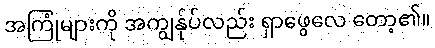
အကြုံများကို အကျွန်ုပ်လည်း ရှာဖွေလေ တော့၏။